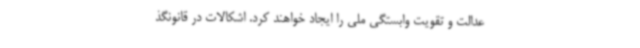
عدالت و تقویت وابستگی ملی را ایجاد خواهند کرد. اشکالات در قانونگذ